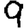
Digit: 9